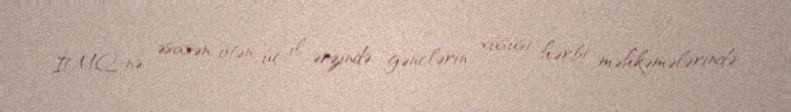
İMQ-nə əsasən, ötən üç il ərzində gənclərin xüsusi hərbi məhkəmələrində